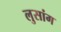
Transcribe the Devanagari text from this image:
लुसांग